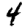
Digit: 4